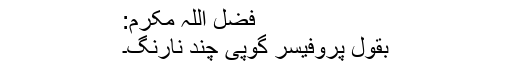
فضل اللہ مکرم:
بقول پروفیسر گوپی چند نارنگ۔